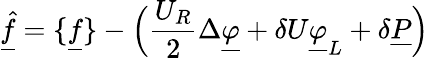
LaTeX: \underline{{\hat{f}}}=\{ \underline{{f}}\} -\Big(\frac{U_{R}}{2}\Delta\underline{{\varphi}}+\delta U\underline{{\varphi}}_{L}+\delta\underline{{P}}\Big)